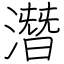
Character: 潛